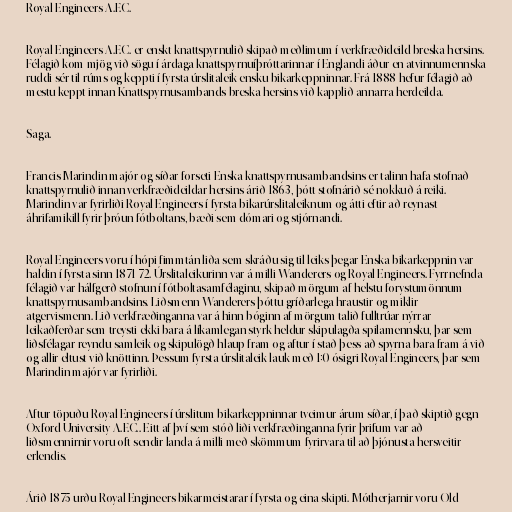
Royal Engineers A.F.C.

Royal Engineers A.F.C. er enskt knattspyrnulið skipað meðlimum í verkfræðideild breska hersins.
Félagið kom mjög við sögu í árdaga knattspyrnuíþróttarinnar í Englandi áður en atvinnumennska
ruddi sér til rúms og keppti í fyrsta úrslitaleik ensku bikarkeppninnar. Frá 1888 hefur félagið að
mestu keppt innan Knattspyrnusambands breska hersins við kapplið annarra herdeilda.

Saga.

Francis Marindin majór og síðar forseti Enska knattspyrnusambandsins er talinn hafa stofnað
knattspyrnulið innan verkfræðideildar hersins árið 1863, þótt stofnárið sé nokkuð á reiki.
Marindin var fyrirliði Royal Engineers í fyrsta bikarúrslitaleiknum og átti eftir að reynast
áhrifamikill fyrir þróun fótboltans, bæði sem dómari og stjórnandi.

Royal Engineers voru í hópi fimmtán liða sem skráðu sig til leiks þegar Enska bikarkeppnin var
haldin í fyrsta sinn 1871-72. Úrslitaleikurinn var á milli Wanderers og Royal Engineers. Fyrrnefnda
félagið var hálfgerð stofnun í fótboltasamfélaginu, skipað mörgum af helstu forystumönnum
knattspyrnusambandsins. Liðsmenn Wanderers þóttu gríðarlega hraustir og miklir
atgervismenn. Lið verkfræðinganna var á hinn bóginn af mörgum talið fulltrúar nýrrar
leikaðferðar sem treysti ekki bara á líkamlegan styrk heldur skipulagða spilamennsku, þar sem
liðsfélagar reyndu samleik og skipulögð hlaup fram og aftur í stað þess að spyrna bara fram á við
og allir eltust við knöttinn. Þessum fyrsta úrslitaleik lauk með 1:0 ósigri Royal Engineers, þar sem
Marindin majór var fyrirliði.

Aftur töpuðu Royal Engineers í úrslitum bikarkeppninnar tveimur árum síðar, í það skiptið gegn
Oxford University A.F.C.. Eitt af því sem stóð liði verkfræðinganna fyrir þrifum var að
liðsmennirnir voru oft sendir landa á milli með skömmum fyrirvara til að þjónusta hersveitir
erlendis.

Árið 1875 urðu Royal Engineers bikarmeistarar í fyrsta og eina skipti. Mótherjarnir voru Old